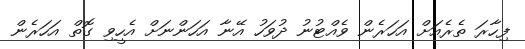
ފިހާރަ ތެރެއަށް އަހަރެން ވެއްޓުނު ދުވަހު އޭނާ އަހަންނަށް އެހީވި ގޮތް އަހަރެން